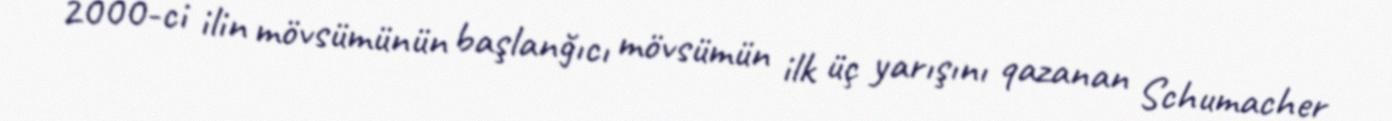
2000-ci ilin mövsümünün başlanğıcı mövsümün ilk üç yarışını qazanan Schumacher